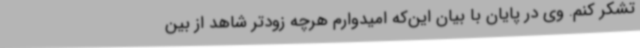
تشکر کنم. وی در پایان با بیان این‌که امیدوارم هرچه زودتر شاهد از بین